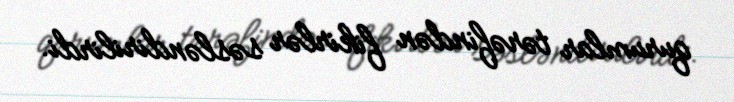
qurumlar tərəfindən fikirlər səsləndirilirdi.